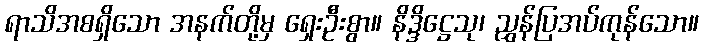
ရာသိအစရှိသော အနက်တို့မှ ရှေးဦးစွာ။ နိဒ္ဒိဋ္ဌေသု၊ ညွှန်ပြအပ်ကုန်သော။